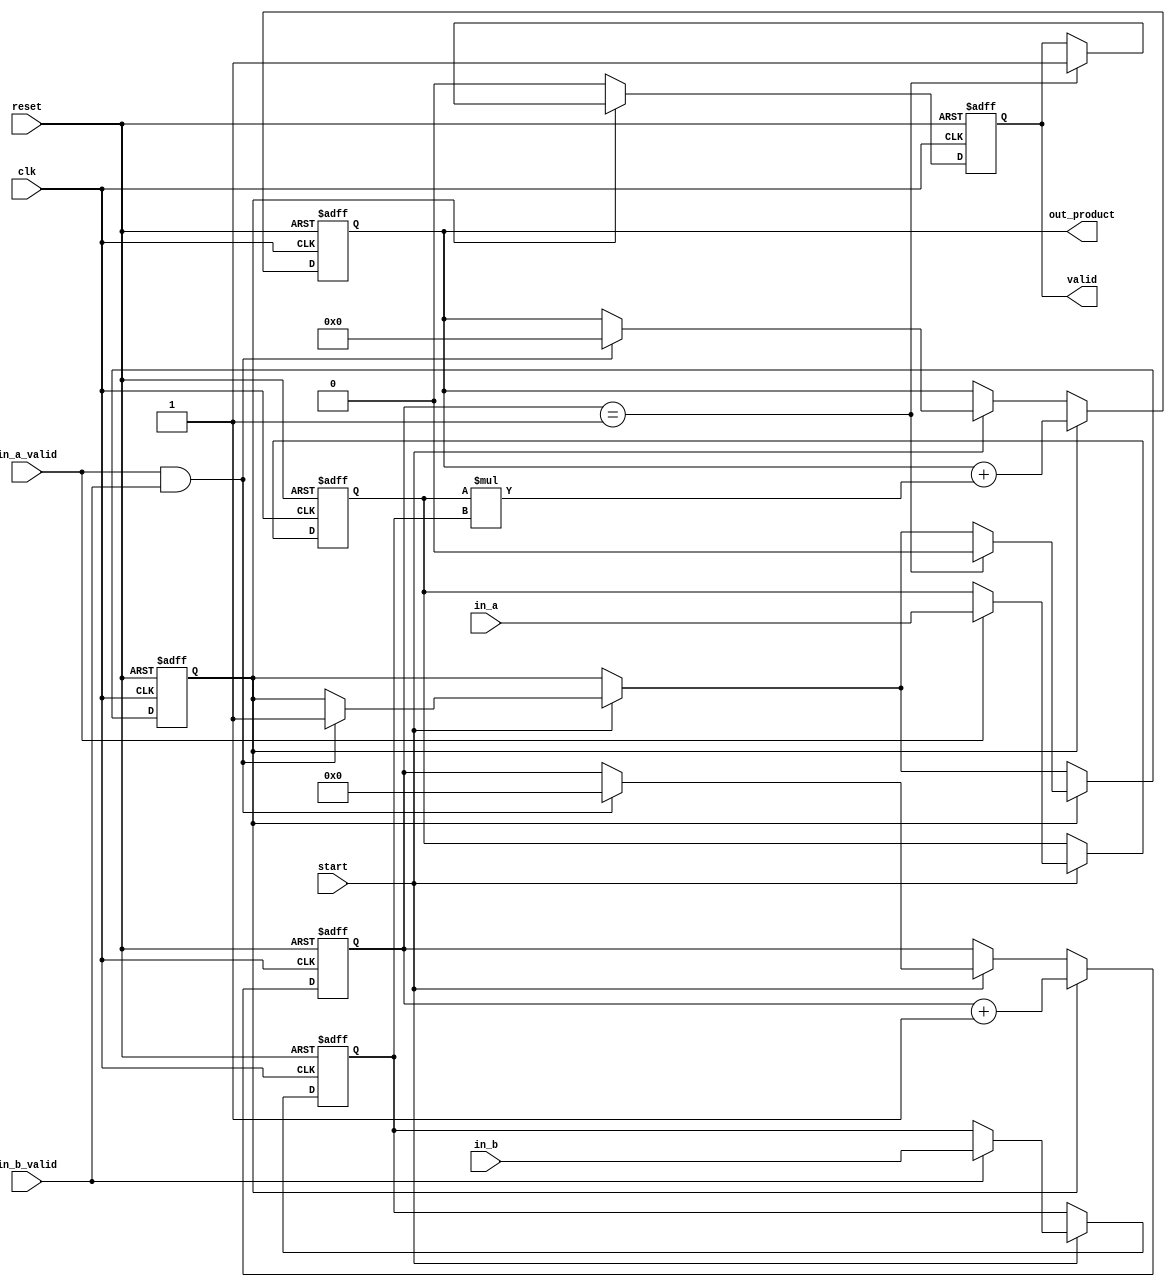
module streaming_multiplier (
    input wire clk,
    input wire reset,
    input wire start,
    input wire in_a_valid,
    input wire in_b_valid,
    input wire [15:0] in_a, // Assuming 16-bit input for multiplicand A
    input wire [15:0] in_b, // Assuming 16-bit input for multiplicand B
    output reg [31:0] out_product, // Assuming 32-bit output for product
    output reg valid // Signal indicating when the output product is valid
);

    reg [15:0] reg_a; // Register to hold input A
    reg [15:0] reg_b; // Register to hold input B
    reg [3:0] count; // Counter to track the number of cycles
    reg multiplying; // State to indicate if multiplication is in progress

    // State machine for processing
    always @(posedge clk or posedge reset) begin
        if (reset) begin
            reg_a <= 0;
            reg_b <= 0;
            out_product <= 0;
            valid <= 0;
            count <= 0;
            multiplying <= 0;
        end else begin
            if (start) begin
                // Start the multiplication process
                if (in_a_valid) begin
                    reg_a <= in_a; // Capture input A
                end
                if (in_b_valid) begin
                    reg_b <= in_b; // Capture input B
                end
                
                // Begin multiplication when both inputs are valid
                if (in_a_valid && in_b_valid) begin
                    multiplying <= 1;
                    count <= 0; // Reset count for multiplication
                    out_product <= 0; // Clear product
                end
            end
            
            // Perform multiplication in a pipelined manner
            if (multiplying) begin
                out_product <= out_product + (reg_a * reg_b); // Update product
                count <= count + 1; // Increment count

                // Check if multiplication is complete (after 1 cycle for simplicity)
                if (count == 1) begin
                    valid <= 1; // Set valid signal when product is ready
                    multiplying <= 0; // Reset multiplying state
                end
            end else begin
                valid <= 0; // Clear valid signal when not multiplying
            end
        end
    end
endmodule